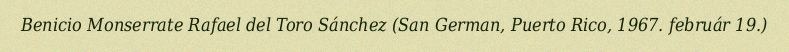
Benicio Monserrate Rafael del Toro Sánchez (San German, Puerto Rico, 1967. február 19.)